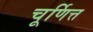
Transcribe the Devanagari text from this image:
चूर्णित्त